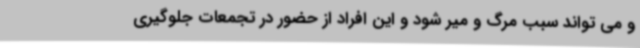
و می تواند سبب مرگ و میر شود و این افراد از حضور در تجمعات جلوگیری